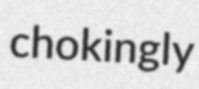
chokingly